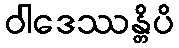
ဝါဒေဿန္တိပိ